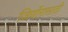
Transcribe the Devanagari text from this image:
जिर्णोरासाठी